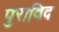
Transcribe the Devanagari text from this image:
पुराविद